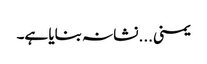
یمنی... نشانہ بنایا ہے۔